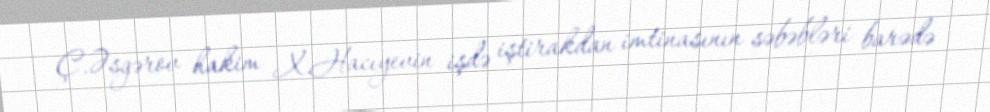
Ç.Əsgərov hakim X.Hacıyevin işdə iştirakdan imtinasının səbəbləri barədə